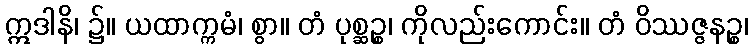
ဣဒါနိ၊ ၌။ ယထာက္ကမံ၊ စွာ။ တံ ပုစ္ဆဉ္စ၊ ကိုလည်းကောင်း။ တံ ဝိဿဇ္ဇနဉ္စ၊